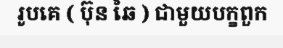
រូបគេ ( ប៊ុន ឆៃ ) ជាមួយបក្ខពួក